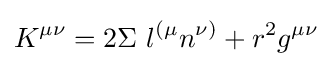
K^{\mu \nu }=2\Sigma \ l^{(\mu }n^{\nu )}+r^{2}g^{\mu \nu }